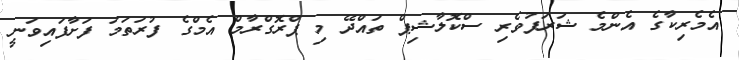
އެމެރިކާގެ އެންމެ ޝަރަފުވެރި ސްކޮލާޝިޕް ތައްދޭ މި ޕްރޮގްރާމް އެމްގެ ފުރަތަމަ ފަށާފައިވަނީ